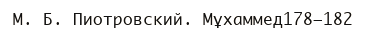
М. Б. Пиотровский. Мұхаммед178—182